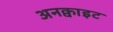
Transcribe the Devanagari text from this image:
अनक्वाइट